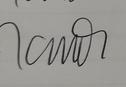
Signature authenticity: genuine